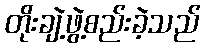
တိုးချဲ့ဖွဲ့စည်းခဲ့သည်